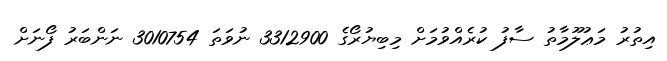
އިތުރު މަޢުލޫމާތު ސާފު ކުރެއްވުމަށް މިބިޔުރޯގެ 3312900 ނުވަތަ 3010754 ނަންބަރު ފޯނަށް